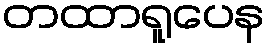
တထာရူပေန